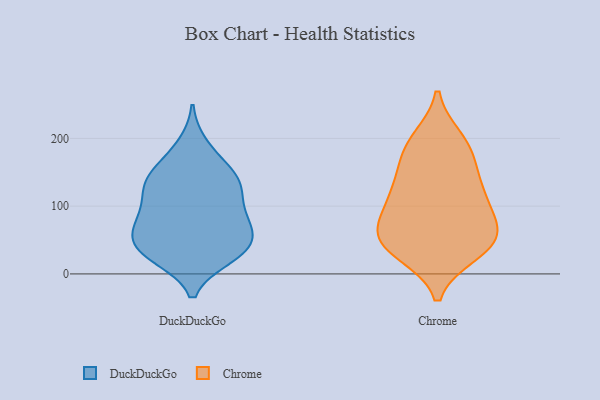
{"axis": {"x": "Market Share (%)", "y": "Value"}, "legend": ["Chrome", "DuckDuckGo"], "data": [{"x": "", "y": 139, "type": "DuckDuckGo"}, {"x": "", "y": 130, "type": "DuckDuckGo"}, {"x": "", "y": 26, "type": "DuckDuckGo"}, {"x": "", "y": 164, "type": "DuckDuckGo"}, {"x": "", "y": 76, "type": "DuckDuckGo"}, {"x": "", "y": 131, "type": "DuckDuckGo"}, {"x": "", "y": 189, "type": "DuckDuckGo"}, {"x": "", "y": 95, "type": "DuckDuckGo"}, {"x": "", "y": 142, "type": "DuckDuckGo"}, {"x": "", "y": 31, "type": "DuckDuckGo"}, {"x": "", "y": 66, "type": "DuckDuckGo"}, {"x": "", "y": 40, "type": "DuckDuckGo"}, {"x": "", "y": 37, "type": "DuckDuckGo"}, {"x": "", "y": 80, "type": "DuckDuckGo"}, {"x": "", "y": 30, "type": "DuckDuckGo"}, {"x": "", "y": 78, "type": "DuckDuckGo"}, {"x": "", "y": 50, "type": "DuckDuckGo"}, {"x": "", "y": 124, "type": "DuckDuckGo"}, {"x": "", "y": 198, "type": "Chrome"}, {"x": "", "y": 69, "type": "Chrome"}, {"x": "", "y": 108, "type": "Chrome"}, {"x": "", "y": 32, "type": "Chrome"}, {"x": "", "y": 42, "type": "Chrome"}, {"x": "", "y": 177, "type": "Chrome"}, {"x": "", "y": 127, "type": "Chrome"}, {"x": "", "y": 53, "type": "Chrome"}, {"x": "", "y": 67, "type": "Chrome"}, {"x": "", "y": 156, "type": "Chrome"}, {"x": "", "y": 38, "type": "Chrome"}, {"x": "", "y": 192, "type": "Chrome"}, {"x": "", "y": 101, "type": "Chrome"}, {"x": "", "y": 121, "type": "Chrome"}, {"x": "", "y": 53, "type": "Chrome"}]}